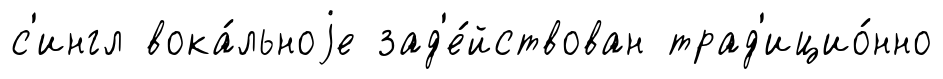
с'ингл вока́льноjе зад'е́йствован трад'ицио́нно